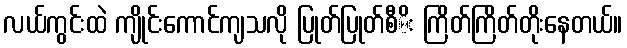
လယ်ကွင်းထဲ ကျိုင်းကောင်ကျသလို ပြုတ်ပြုတ်စီိး ကြိတ်ကြိတ်တိုးနေတယ်။